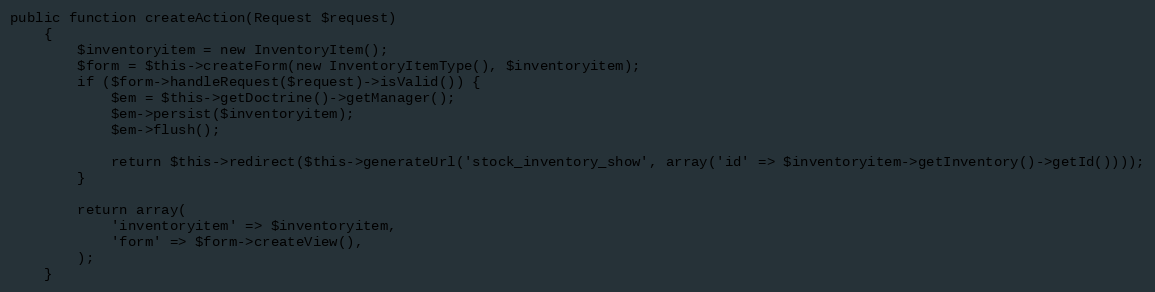
Language: PHP
public function createAction(Request $request)
    {
        $inventoryitem = new InventoryItem();
        $form = $this->createForm(new InventoryItemType(), $inventoryitem);
        if ($form->handleRequest($request)->isValid()) {
            $em = $this->getDoctrine()->getManager();
            $em->persist($inventoryitem);
            $em->flush();

            return $this->redirect($this->generateUrl('stock_inventory_show', array('id' => $inventoryitem->getInventory()->getId())));
        }

        return array(
            'inventoryitem' => $inventoryitem,
            'form' => $form->createView(),
        );
    }